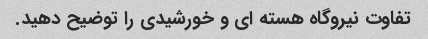
تفاوت نیروگاه هسته ای و خورشیدی را توضیح دهید.